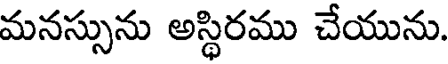
మనస్సును అస్థిరము చేయును.